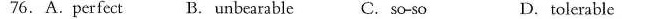
76.A.Perfect B. Unbearable C. So-so D.tolerable 7